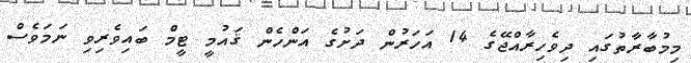
މިމުބާރާތުގައި ދިވެހިރާއްޖޭގެ 14 އަހަރުން ދަށުގެ އަންހެން ޤައުމީ ޓީމް ބައިވެރިވި ނަމަވެސް